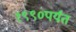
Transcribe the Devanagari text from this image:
१९९०पर्यंत